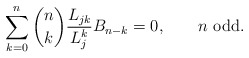
\begin{align*} \sum_{k = 0}^n \binom nk \frac{L_{jk}}{L_j^k} B_{n-k} = 0,\qquad\mbox{$n$ odd}.\end{align*}